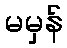
မမှန်